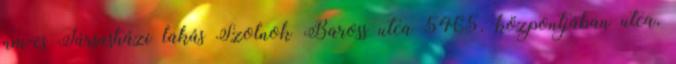
nm-es Társasházi lakás Szolnok Baross utca 5465. központjában utca,